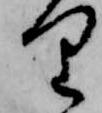
り